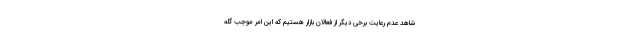
شاهد عدم رعایت برخی دیگر از فعالان بازار هستیم که این امر موجب گله